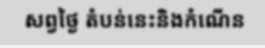
សព្វថ្ងៃ តំបន់នេះនិងកំណើន